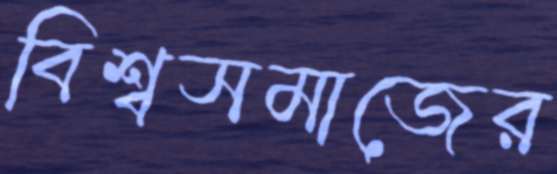
বিশ্বসমাজের